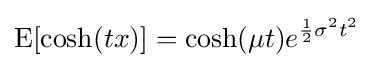
\operatorname {E} [\cosh(tx)]=\cosh(\mu t)e^{{\frac {1}{2}}\sigma ^{2}t^{2}}